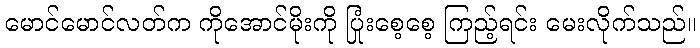
မောင်မောင်လတ်က ကိုအောင်မိုးကို ပြုံးစေ့စေ့ ကြည့်ရင်း မေးလိုက်သည်။